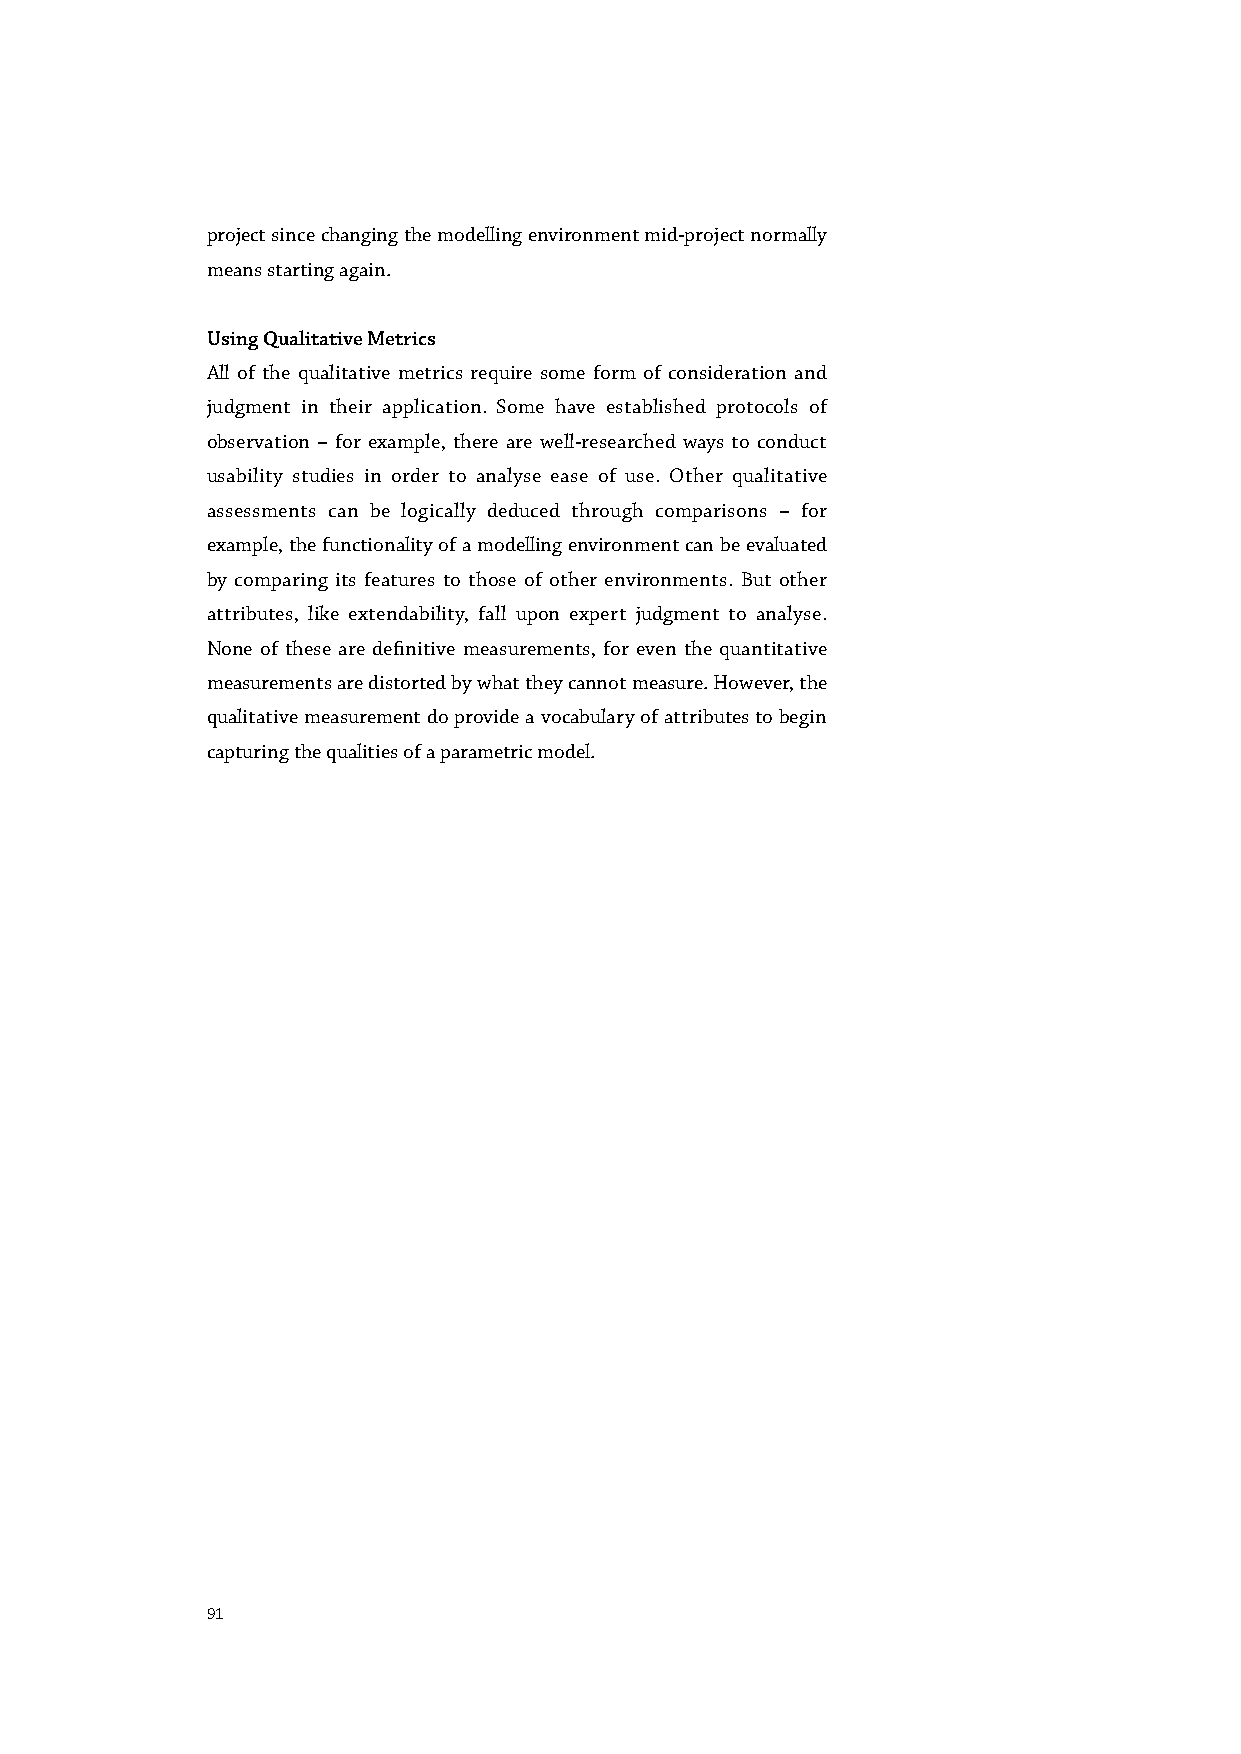
project since changing the modelling environment mid-project normally
 means starting again.
 Using Qualitative Metrics
 All of the qualitative metrics require some form of consideration and
 judgment in their application. Some have established protocols of
 observation – for example, there are well-researched ways to conduct
 usability studies in order to analyse ease of use. Other qualitative
 assessments can be logically deduced through comparisons – for
 example, the functionality of a modelling environment can be evaluated
 by comparing its features to those of other environments. But other
 attributes, like extendability, fall upon expert judgment to analyse.
 None of these are definitive measurements, for even the quantitative
 measurements are distorted by what they cannot measure. However, the
 qualitative measurement do provide a vocabulary of attributes to begin
 capturing the qualities of a parametric model.
 91